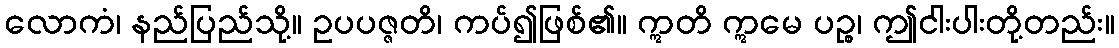
လောကံ၊ နည်ပြည်သို့။ ဥပပဇ္ဇတိ၊ ကပ်၍ဖြစ်၏။ ဣတိ ဣမေ ပဉ္စ၊ ဤငါးပါးတို့တည်း။